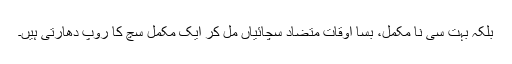
بلکہ بہت سی نا مکمل، بسا اوقات متضاد سچائیاں مل کر ایک مکمل سچ کا روپ دھارتی ہیں۔